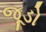
જૂડો